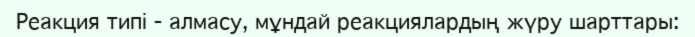
Реакция типі - алмасу, мұндай реакциялардың жүру шарттары: